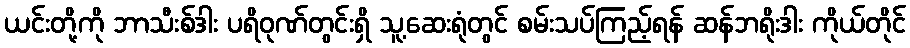
ယင်းတို့ကို ဘာသီးစ်ဒါး ပရိဝုဏ်တွင်းရှိ သူ့ဆေးရုံတွင် စမ်းသပ်ကြည့်ရန် ဆန်ဘရိုးဒါး ကိုယ်တိုင်